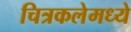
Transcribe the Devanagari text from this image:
चित्रकलेमध्ये